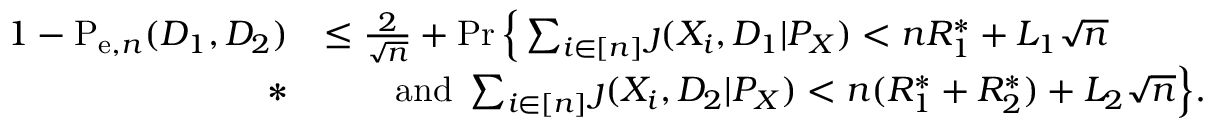
\begin{array} { r l } { 1 - \mathrm { P } _ { \mathrm { e } , n } ( D _ { 1 } , D _ { 2 } ) } & { \leq \frac { 2 } { \sqrt { n } } + \operatorname* { P r } \Big \{ \sum _ { i \in [ n ] } \jmath ( X _ { i } , D _ { 1 } | P _ { X } ) < n R _ { 1 } ^ { * } + L _ { 1 } \sqrt { n } } \\ { * } & { \qquad \mathrm { a n d } ~ \sum _ { i \in [ n ] } \jmath ( X _ { i } , D _ { 2 } | P _ { X } ) < n ( R _ { 1 } ^ { * } + R _ { 2 } ^ { * } ) + L _ { 2 } \sqrt { n } \Big \} . } \end{array}